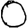
Digit: 0